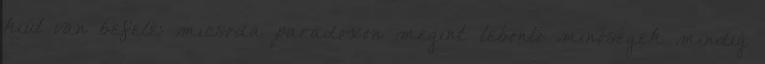
kiút van befelé: micsoda paradoxon megint. lebontó minőségek mindig